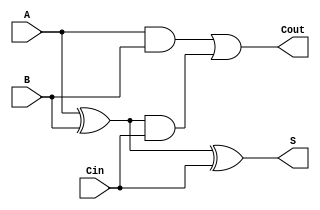
module FullAdder (
    input  wire A,     // First binary input bit
    input  wire B,     // Second binary input bit
    input  wire Cin,   // Carry input from the previous less significant bit
    output wire S,     // Sum output bit
    output wire Cout   // Carry output bit
);

    // Behavioral description of Sum and Carry output
    assign S = A ^ B ^ Cin;                  // Sum calculation
    assign Cout = (A & B) | ((A ^ B) & Cin); // Carry calculation

endmodule